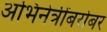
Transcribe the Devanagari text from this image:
अभिनेत्रींबरोबर